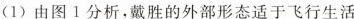
(1)由图1分析，戴胜的外部形态适于飞行生活